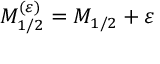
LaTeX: M _ { 1 / 2 } ^ { ( \varepsilon ) } = M _ { 1 / 2 } + \varepsilon